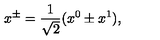
x ^ { \pm } = \frac { 1 } { \sqrt { 2 } } ( x ^ { 0 } \pm x ^ { 1 } ) ,